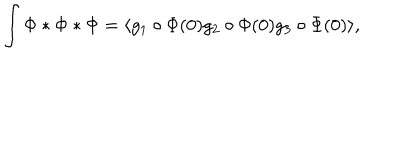
\int \Phi * \Phi * \Phi = \langle g _ { 1 } \circ \Phi ( 0 ) g _ { 2 } \circ \Phi ( 0 ) g _ { 3 } \circ \Phi ( 0 ) \rangle ,